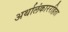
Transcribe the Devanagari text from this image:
अर्थालंकाररहिता